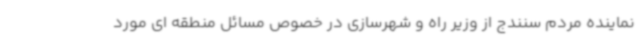
نماینده مردم سنندج از وزیر راه و شهرسازی در خصوص مسائل منطقه ای مورد